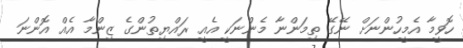
ހޮވީމާ އެމީހުންނަށް ނޭގޭ ތިމަންނާ މެންނަކީ އެއީ ރައްޔިތުންގެ ޒިންމާ އެއް އޮންނަ